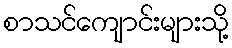
စာသင်ကျောင်းများသို့